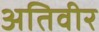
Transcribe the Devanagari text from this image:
अतिवीर